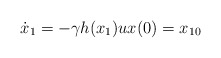
\begin{align*}\dot{x}_1 =-\gamma h(x_1) ux(0) = x_{10}\end{align*}